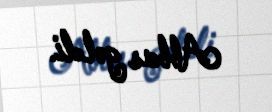
Abbas gəldi.